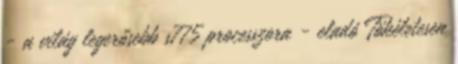
- a világ legerősebb s775 processzora - eladó Tökéletesen